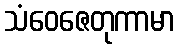
သံဝေဇေတုကာမာ